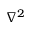
\nabla ^ { 2 }